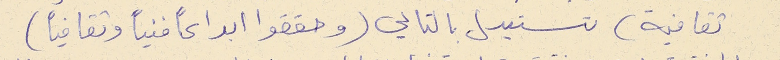
ثقافية) تستبدل بالتالي (وحققوا ابداعاً فنياً وثقافياً)